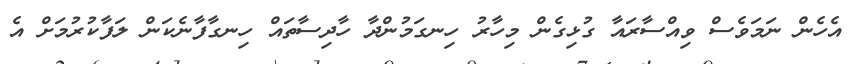
އެހެން ނަމަވެސް ވިއްސާރައާ ގުޅިގެން މިހާރު ހިނގަމުންދާ ހާދިސާތައް ހިނގާފާނެކަން ލަފާކުރުމަށް އެ